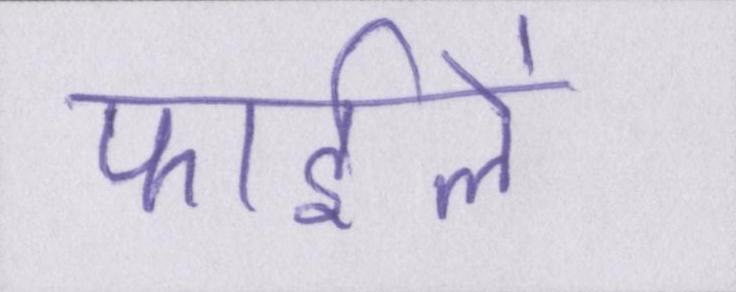
फाईलें